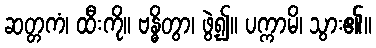
ဆတ္တကံ၊ ထီးကို။ ဗန္ဓိတွာ၊ ဖွဲ့၍။ ပက္ကာမိ၊ သွား၏။